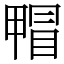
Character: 𤲰